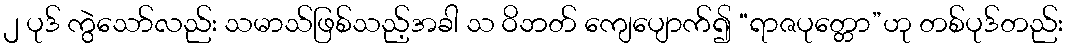
၂ ပုဒ် ကွဲသော်လည်း သမာသ်ဖြစ်သည့်အခါ သ ဝိဘတ် ကျေပျောက်၍ “ရာဇပုတ္တော”ဟု တစ်ပုဒ်တည်း